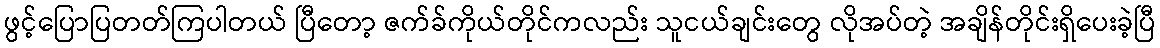
ဖွင့်ပြောပြတတ်ကြပါတယ် ပြီတော့ ဇက်ခ်ကိုယ်တိုင်ကလည်း သူငယ်ချင်းတွေ လိုအပ်တဲ့ အချိန်တိုင်းရှိပေးခဲ့ပြီ